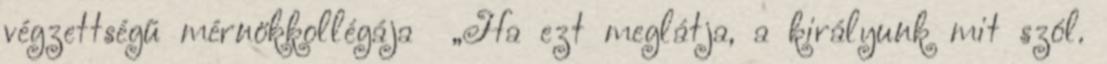
végzettségű mérnökkollégája „Ha ezt meglátja, a királyunk mit szól.